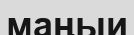
маңыи